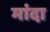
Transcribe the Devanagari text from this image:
मांदा